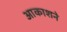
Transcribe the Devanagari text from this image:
आकाशने